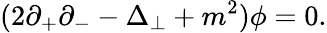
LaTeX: (2\partial_{+}\partial_{-}-\Delta_{\perp}+m^{2}){\phi}=0.